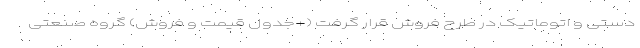
دستی و اتوماتیک در طرح فروش قرار گرفت (+جدول قیمت و فروش) گروه صنعتی